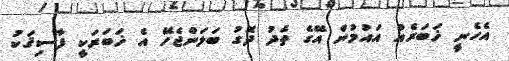
އެހެނީ ޚަބަރެއް އައުމުން އޭގެ ތެދު ދޮގު ބަލަންޖެހޭ އެ ޚަބަރަކީ ފާސިޤަކު